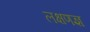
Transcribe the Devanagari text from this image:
लक्षणज्ञ